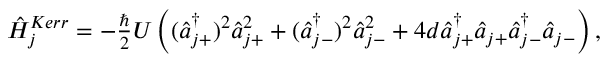
\begin{array} { r } { \hat { H } _ { j } ^ { K e r r } = - \frac { \hbar } { 2 } U \left( ( \hat { a } _ { j + } ^ { \dagger } ) ^ { 2 } \hat { a } _ { j + } ^ { 2 } + ( \hat { a } _ { j - } ^ { \dagger } ) ^ { 2 } \hat { a } _ { j - } ^ { 2 } + 4 d \hat { a } _ { j + } ^ { \dagger } \hat { a } _ { j + } \hat { a } _ { j - } ^ { \dagger } \hat { a } _ { j - } \right) , } \end{array}